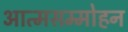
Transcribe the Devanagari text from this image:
आत्मसम्मोहन